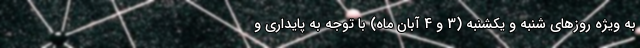
به ویژه روزهای شنبه و یکشنبه (3 و 4 آبان ماه) با توجه به پایداری و